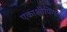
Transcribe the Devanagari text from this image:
एकाक्षीपिंगल